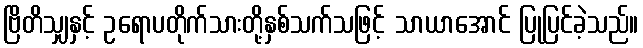
ဗြိတိသျှနှင့် ဥရောပတိုက်သားတို့နှစ်သက်သဖြင့် သာယာအောင် ပြုပြင်ခဲ့သည်။